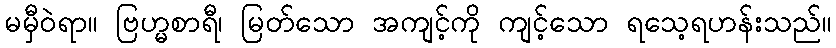
မမှီဝဲရာ။ ဗြဟ္မစာရီ၊ မြတ်သော အကျင့်ကို ကျင့်သော ရသေ့ရဟန်းသည်။